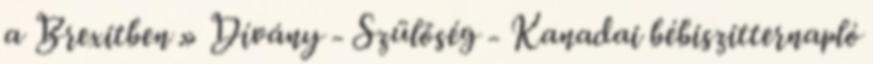
a Brexitben » Dívány - Szülőség - Kanadai bébiszitternapló